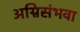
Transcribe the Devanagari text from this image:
अग्निसंभवा